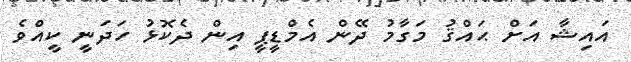
އައިޝާ އަށް ޙައްޤު މަގާމު ދޭން އެމްޑީޕީ އިން ދެކޮޅު ހަދަނީ ކީއްވެ